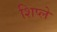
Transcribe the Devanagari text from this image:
शिप्ले